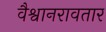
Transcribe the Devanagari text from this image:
वैश्वानरावतार